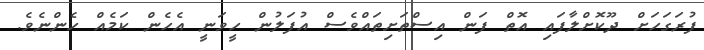
ފުރަގަހަށް ދޫކޮށްލާފައި އޮތް ފަން އިސްތަށިތައްވެސް އުފަލުން ހީވަނީ އެހެން ކަމެއް ހެންނެވެ.